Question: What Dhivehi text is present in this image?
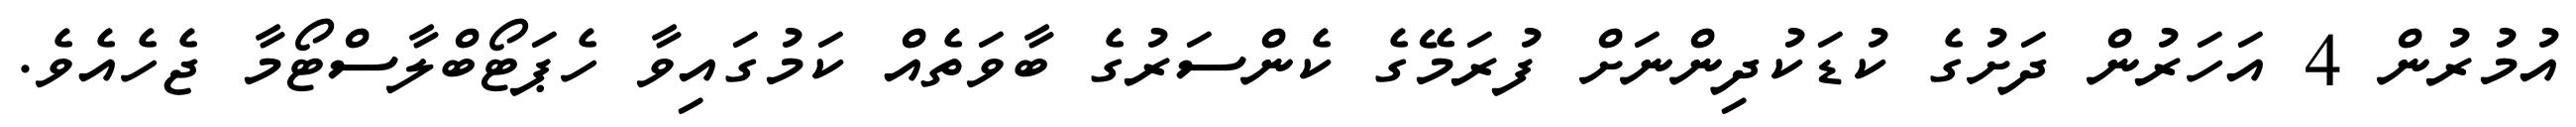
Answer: އުމުރުން 4 އަހަރުން ދަށުގެ ކުޑަކުދިންނަށް ފުރަމޭގެ ކެންސަރުގެ ބާވަތެއް ކަމުގައިވާ ހެޕަޓޯބްލާސްޓޯމާ ޖެހެއެވެ.